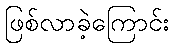
ဖြစ်လာခဲ့ကြောင်း